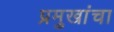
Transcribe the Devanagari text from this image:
प्रमुखांचा